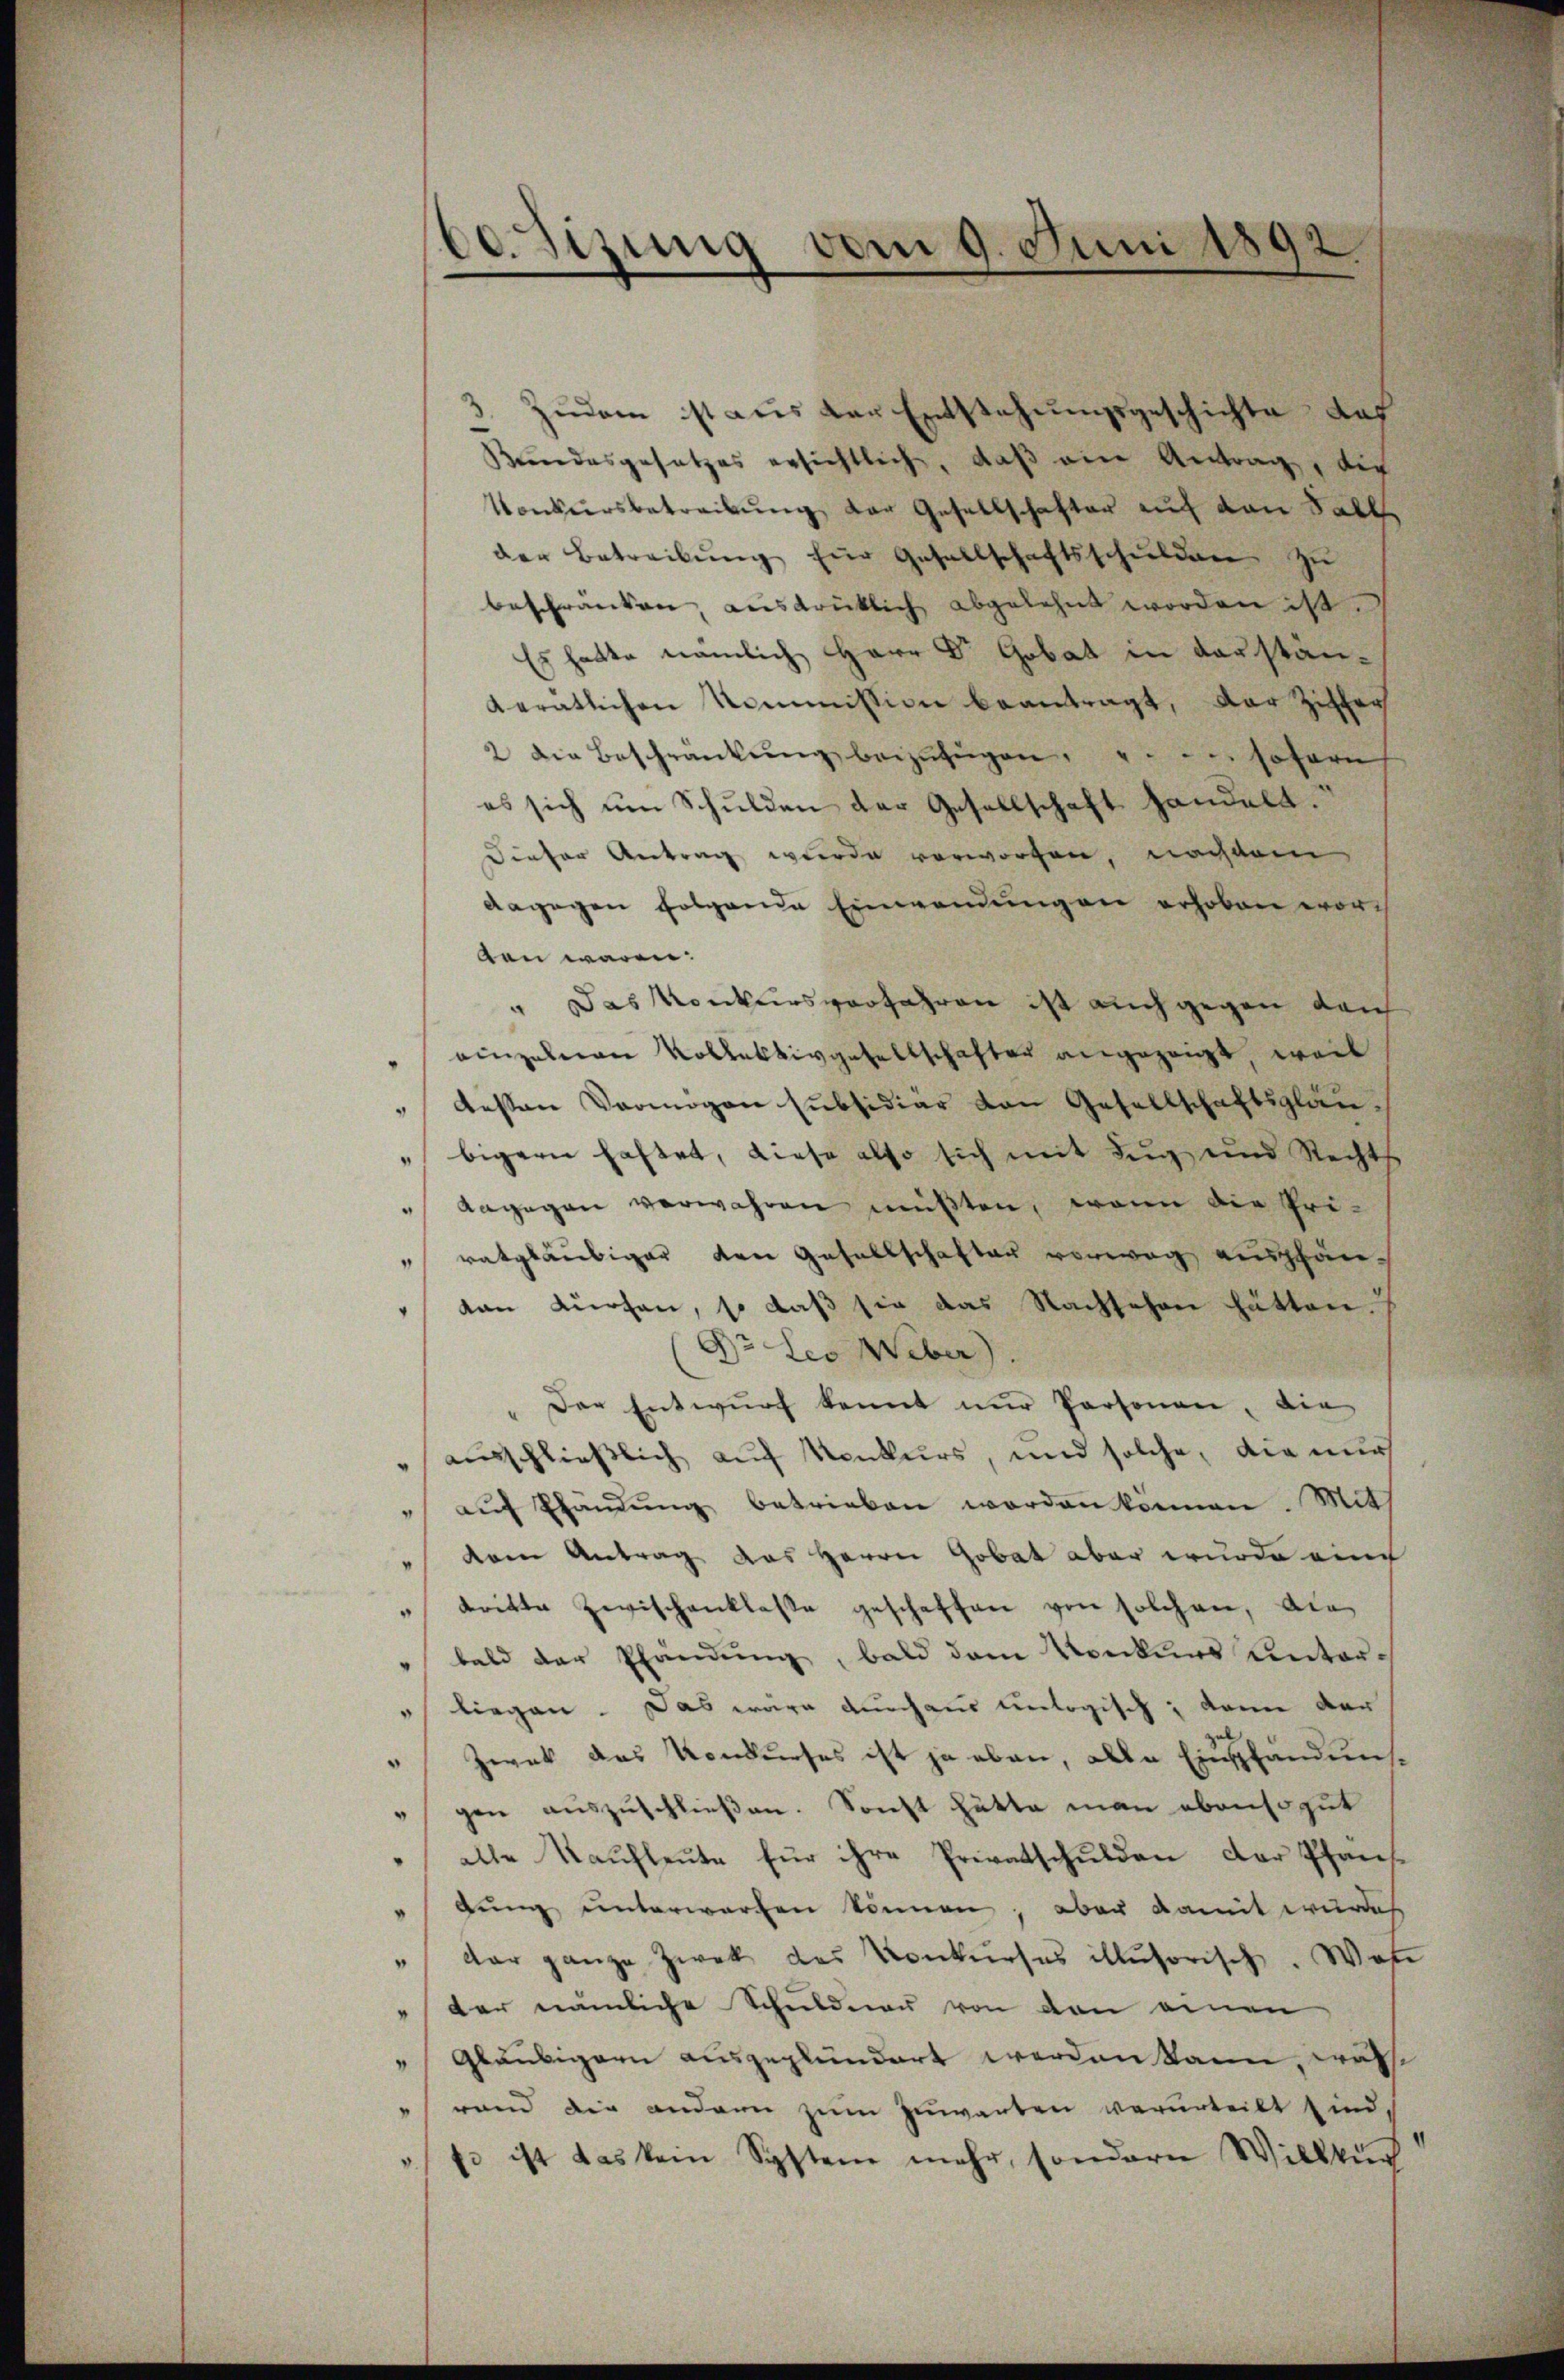
ce. Sizung vom 9. Juni 1892.

3. Zudem ist aus der Entstehungsgeschichte das
Keindesgesetzes ersichtlich, daß ein Antrag, die
Vonkursbetreibung der Gesellschafter auf den Falle
der Betreibŭng für Gesellschaftsschulden zu
beschränken, ausdrücklich abgelehnt worden ist.
Es hatte nämlich Herr Dr Gobat in derständerätlichen Kommission beantragt, der Ziffer
2 Die Beschränkung beizufügen, sofern
es sich ŭm Schulden der Gesellschaft handelt.
Dieser Antrag wurde vorworfen, nachdem
dagegen folgende Einwendungen erhoben word
ten waren:
" Das Konkursverfahren ist auch gegen dan
einzelnen Kollektivgesellschafter angezeigt, weil
deßen Vermögen subsidiär von Gesellschaftsglau¬
"bigern haftet, diese also sich mit Zug und Rechts
dagegen verwahren müßten, wenn die Privatgläubiger den Gesellschafter vorweg aushänten dürfen, so daß sie das Nachsehen hätten.
Dr Leo Weber).
" Der Entwŭrf kennt nŭr Personen, die
" ausschließlich auf Konkurs, und solche, die nur
aŭf Ehändŭng betrieben worden können. Mit
dem Antrag das Herrn Gobat aber wurde eine
dritte Zwischenklasse geschaffen von solchen, Ale
" bald der Pfändung, bald dem Konkurs unter¬
" liegen. Das wäre durchaus unlogisch; kann der
" Zwek das Konkurses ist ja eben, alle Einspfandens¬
" gen auszuschließen. Sonst hätte man ebensogut
alle Kaufleute für ihre Privatschulden der Pfäns¬
"bŭng unterworfen können, aber damit wurde
dar ganze Zwek das Konkŭrses illusorisch. Was
der nämliche Schuldner von den einen
" Gläubigern ausgeplündert werden kann, was
rand die andern zum Zuwarten verurteilt sind,
so ist das kein Systeme mehr, sondern Willkür